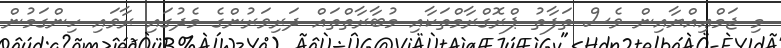
މި ޖަމްޢިއްޔާއިން ވެސް ތަފާތު ޕްރޮގްރާމްތަކާއި މުބާރާތްތައް ދަރިވަރުންގެ މެދުގައި ރާވައި ހިންގަމުން